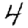
Digit: 4